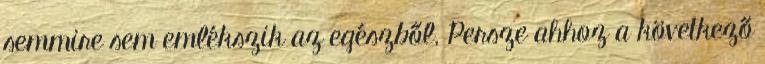
semmire sem emlékszik az egészből. Persze ahhoz a következő